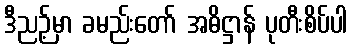
ဒီညဉ့်မှာ ခမည်းတော် အဓိဋ္ဌာန် ပုတီးစိပ်ပါ